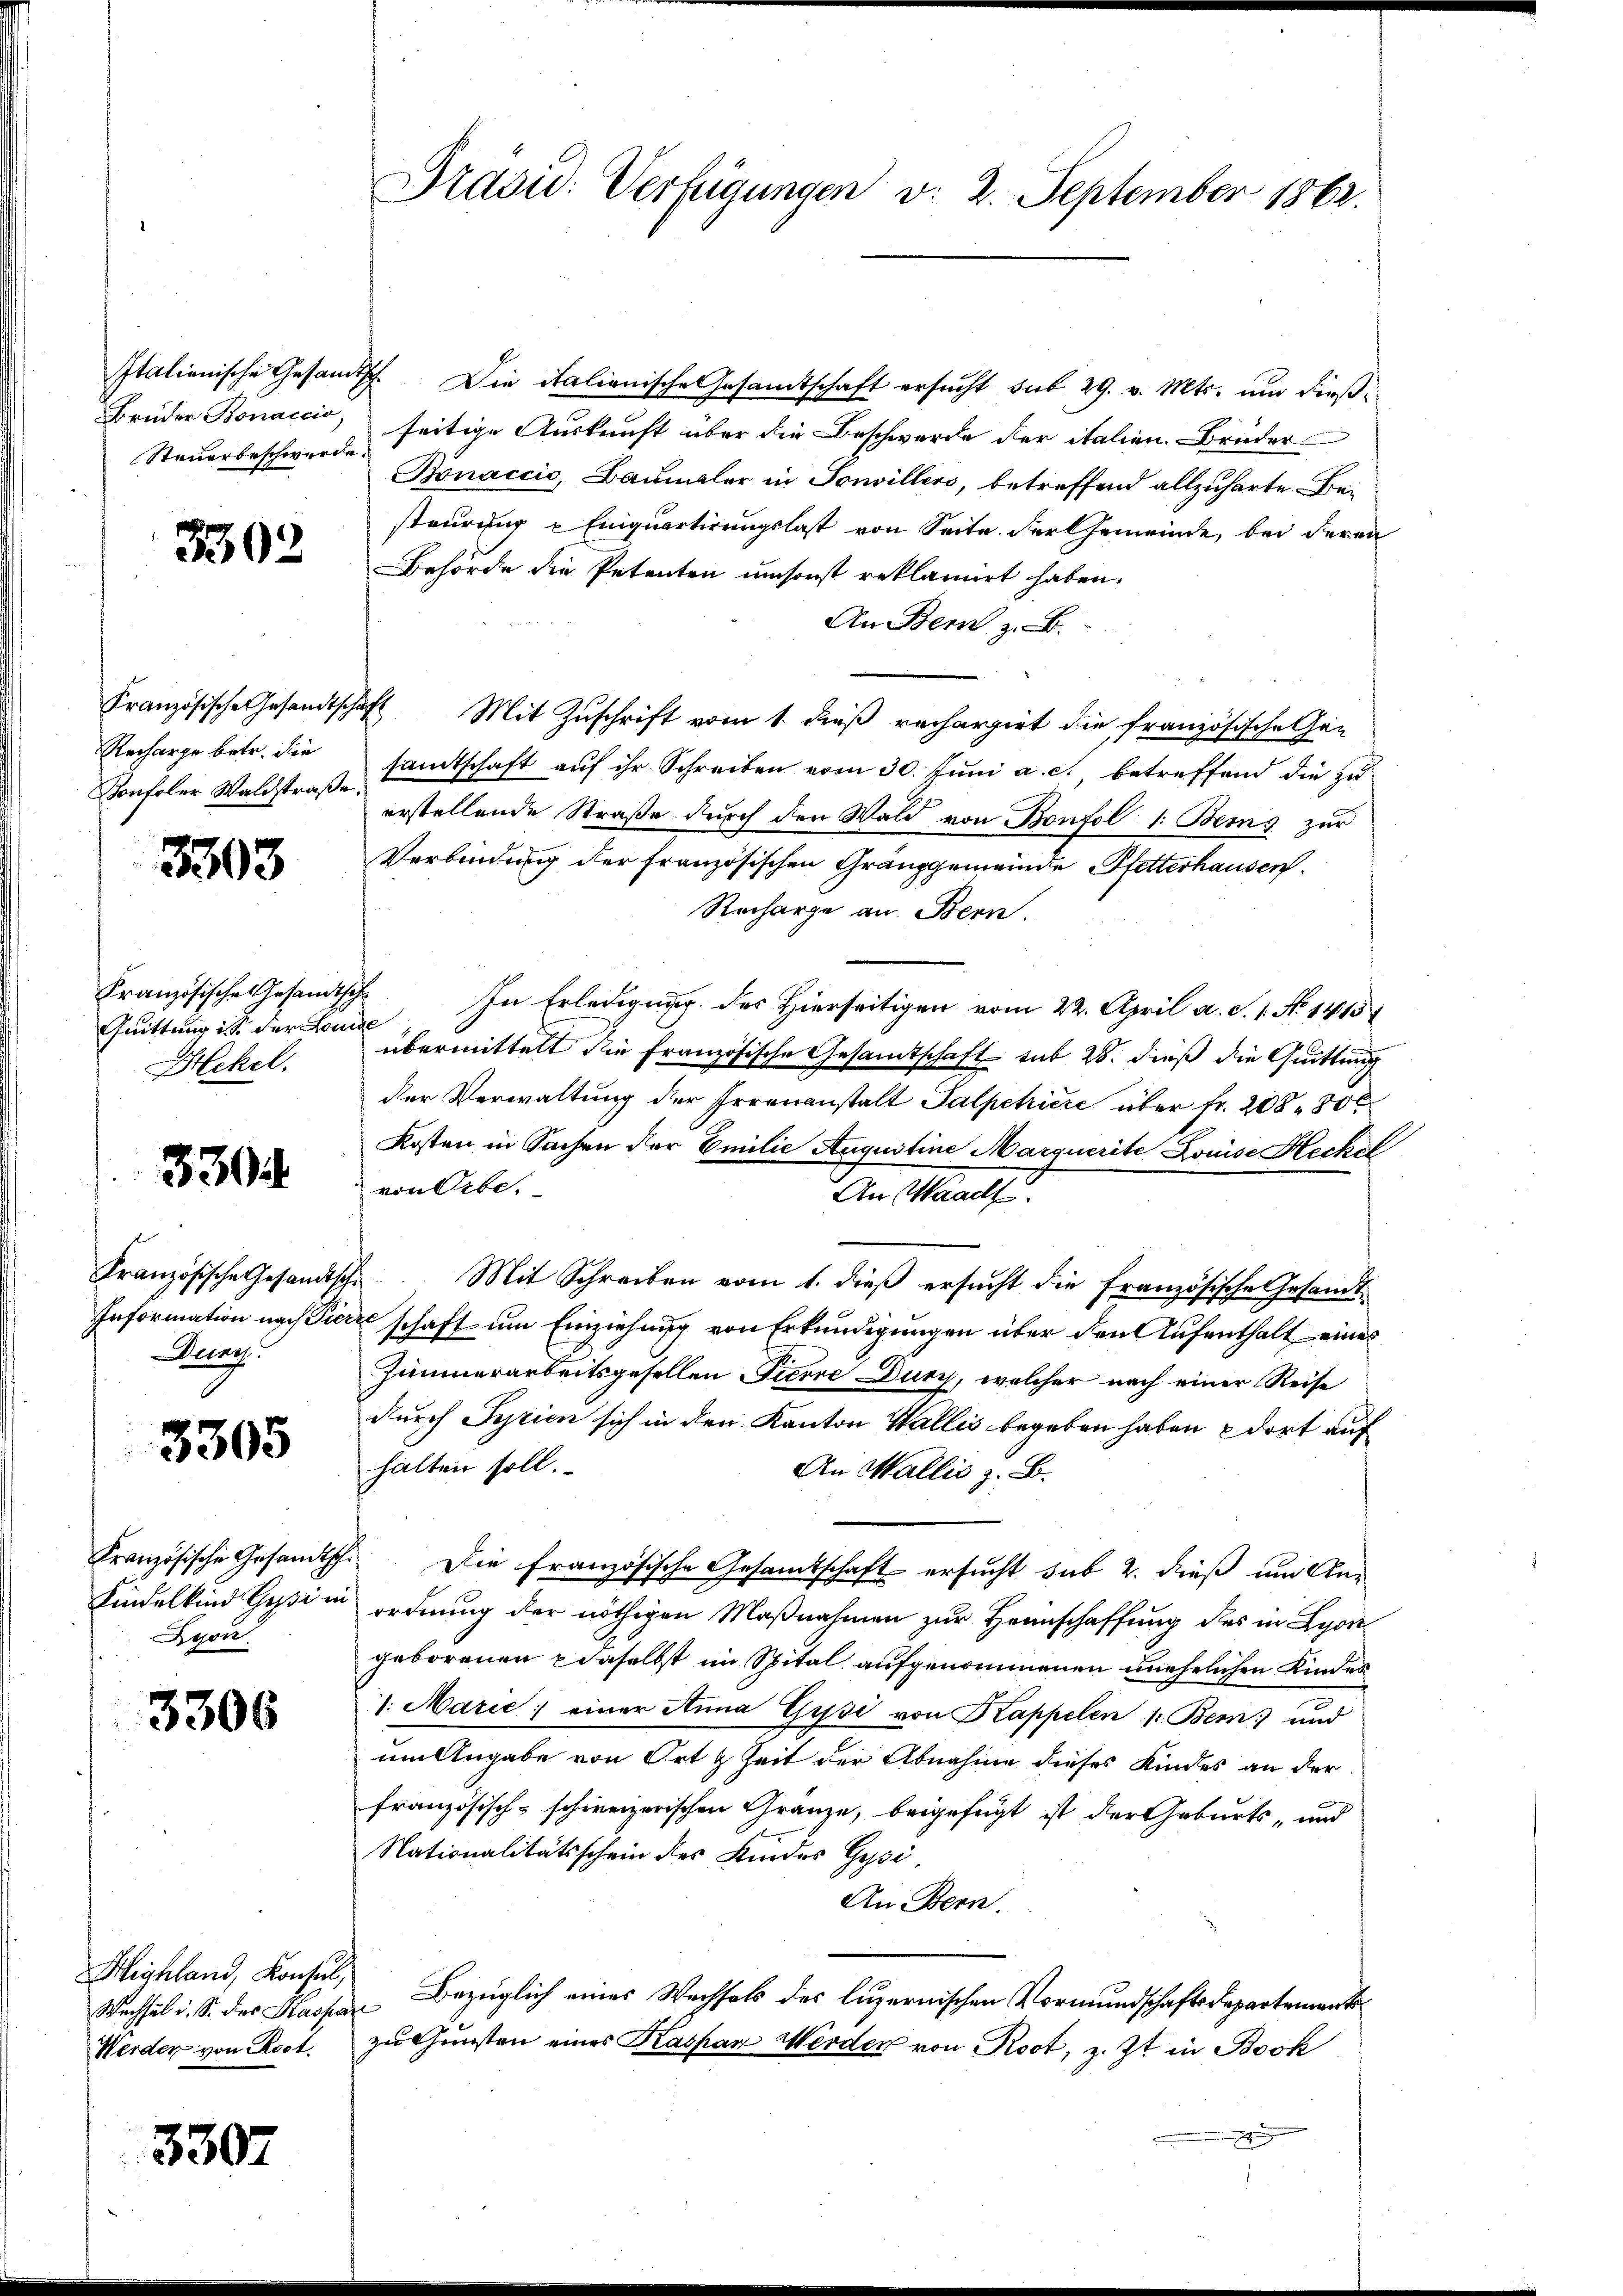
Steuerbeschwerde.

302

Recharge betr. die
Konfoler Waldstraße.

3303

Französische Gesandtsche
Quittung ist der Lande
Heckel.

330

Kranzösische Gesandtsc
Durch

3305

Französische Gesandt
Kindelkind Gesin
yon

3306

Highland, Konsul,
Wechsel u. S. des Kaspa
Werden von Rost.

3307

Italienische Gesandtsch. Die italianische Gesandtschaft ersucht sub 29. v. Mts. und dieß¬
Brüder Bonaccio, seitige Auskunft über die Beschwerde der italien. Brüder
Bonaccic, Baumaler in Sonvillers, betreffend allzuharte Bei
steurung Einquartirungslast von Seite der Gemeinde, bei deren
Behörde die Petenten umsonst reklamirt haben.
An Bern z. B.
Französische Gesandtschaft Mit Zuschrift vom 1. dieß rechargirt die französische Gen
samtschaft auf ihr. Schreiben vom 30. Juni a. c. betreffend die zu
erstellende Straße durch den Wald von Bonfol (: Berns zur
Verbindung der französischen Granzgemeinde Pfetterhausen.
Recharge an Bern.
In Erledigung des Hierseitigen vom 22. April a. S. 1. No 1415
übermittelt die Französische Gesandtschaft sub 28. dieß die Quittung
der Verwaltung der Irrenanstalt Salpetriere über Fr. 208 30 x
Kosten in Sachen der Emilie Augustine Marquerite Louise Heckel
von Arbe
An Waadt
1
Mit Schreiben vom 1. dieß ersucht die französische Gesandt
Information nach Fierz schaft um Einziehung von Erkundigungen über den Aufenthalt eines
Zimmerarbeitsgesellen Tierre Durch, welcher nach einer Reise
durch Syrien sich in den Kanton Wallis begeben haben dort auf
halten soll.
An Wallis z. B.
Die Französische Gesamtschaft ersucht sub 2. dieß um Anordnung der nöthigen Maßnahmen zur Heimschaffung des in Lyon
geborenen daselbst im Spital aufgenommenen unehelichen Kindes
1. Marie; einer Anna Gysi von Kappelen 1. Bem) und
um Angabe von Ort & Zeit der Abnahme dieses Kindes an der
französisch-schweizerischen Gränze, beigefügt ist der Geburts- und
Nationalitätsschein des Kindes Gysi.
An Bern,
Bezüglich eines Wechsels des luzernischen Vormundschaftsdepartementase
zu Gunsten eines Kaspar Werden von Root, z. Zt. in Bock
g

Präsid: Verfügungen v. 2. September 1862.